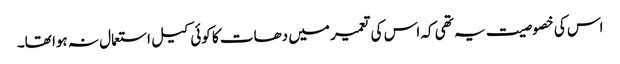
اس کی خصوصیت یہ تھی کہ اس کی تعمیر میں دھات کا کوئی کیل استعمال نہ ہوا تھا۔